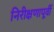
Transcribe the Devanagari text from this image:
निरीक्षणापूर्वी